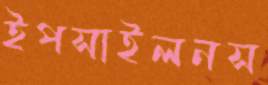
ইপসাইলনস